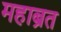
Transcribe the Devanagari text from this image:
महाब्रत